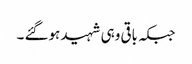
جبکہ باقی وہی شہید ہوگئے ۔